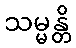
သမ္မန္တိ